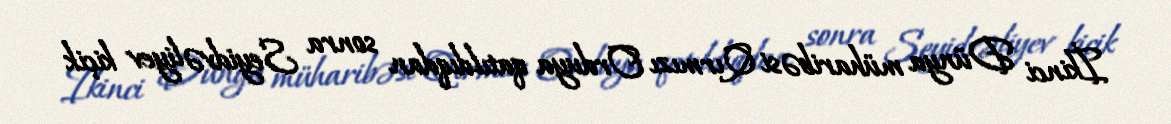
İkinci Dünya müharibəsi Qırmızı Orduya qatıldıqdan sonra Seyidvəliyev kiçik